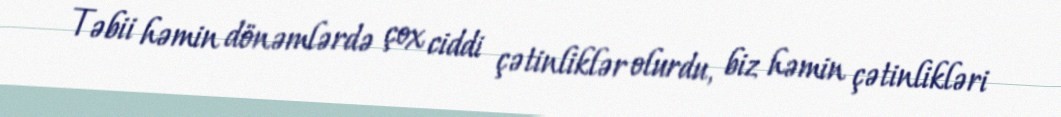
Təbii həmin dönəmlərdə çox ciddi çətinliklər olurdu, biz həmin çətinlikləri